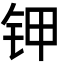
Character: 钾